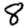
Digit: 8